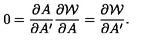
0 = { \frac { \partial A } { \partial A ^ { \prime } } } { \frac { \partial { \cal W } } { \partial A } } = { \frac { \partial { \cal W } } { \partial A ^ { \prime } } } .